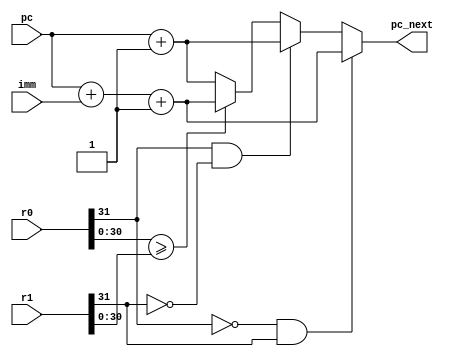
module bgt(r0, r1, imm, pc, pc_next);
    input[31:0] r0, r1, imm;
    input[31:0] pc;

    output wire [31:0] pc_next;

    assign pc_next = (r0[31] == 0 && r1[31] == 1) ? pc + imm + 1 :
                     (r0[31] == 1 && r1[31] == 0) ? pc + 1 :
                     (r0[30:0] >= r1[30:0]) ? pc + imm + 1 : pc + 1;
endmodule